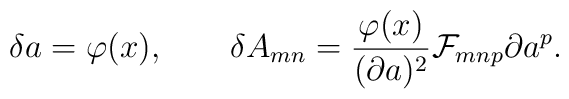
\delta a=\varphi(x), \qquad\delta A_{mn}={{\varphi(x)}\over{(\partial a)^2}}{\cal F}_{mnp}\partial a^p.